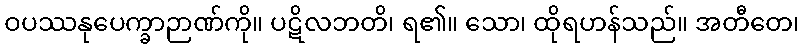
ဝပဿနုပေက္ခာဉာဏ်ကို။ ပဋိလဘတိ၊ ရ၏။ သော၊ ထိုရဟန်သည်။ အတီတေ၊